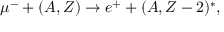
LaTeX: \mu ^ { - } + ( A , Z ) \rightarrow e ^ { + } + ( A , Z - 2 ) ^ { * } ,